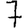
Digit: 7